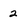
Character: 2